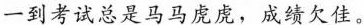
一到考试总是马马虎虏，成绩欠佳。